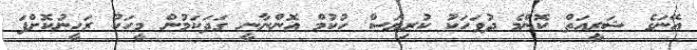
އޭނަގެ ޝަރީއަތް ކޮންމެ ދުވަހަކު ކުރިޔަސް ހުކުމް އޮންނާނީ ގަދަކަމުން މީހަކު ރަހީނުކޮށްފަ